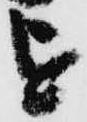
を